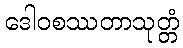
ဒေါဝစဿတာသုတ္တံ